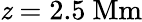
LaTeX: \mathit{z}=2.5\ \mathrm{{Mm}}